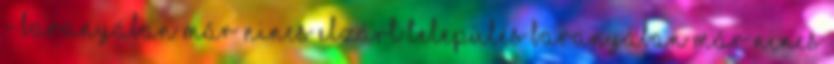
- Baranyában már nincs elzárt település Baranyában már nincs